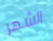
الشهر